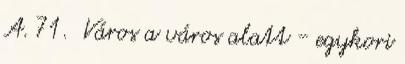
A. 71. Város a város alatt - egykori